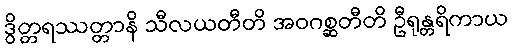
ဒွိတ္တရဿတ္တာနိ သီလယတီတိ အဝဂစ္ဆတီတိ ဦရုန္တရိကာယ